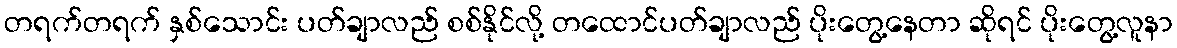
တရက်တရက် နှစ်သောင်း ပတ်ချာလည် စစ်နိုင်လို့ တထောင်ပတ်ချာလည် ပိုးတွေ့နေတာ ဆိုရင် ပိုးတွေ့လူနာ